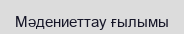
Мәдениеттау ғылымы